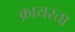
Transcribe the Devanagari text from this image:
क़ायरता